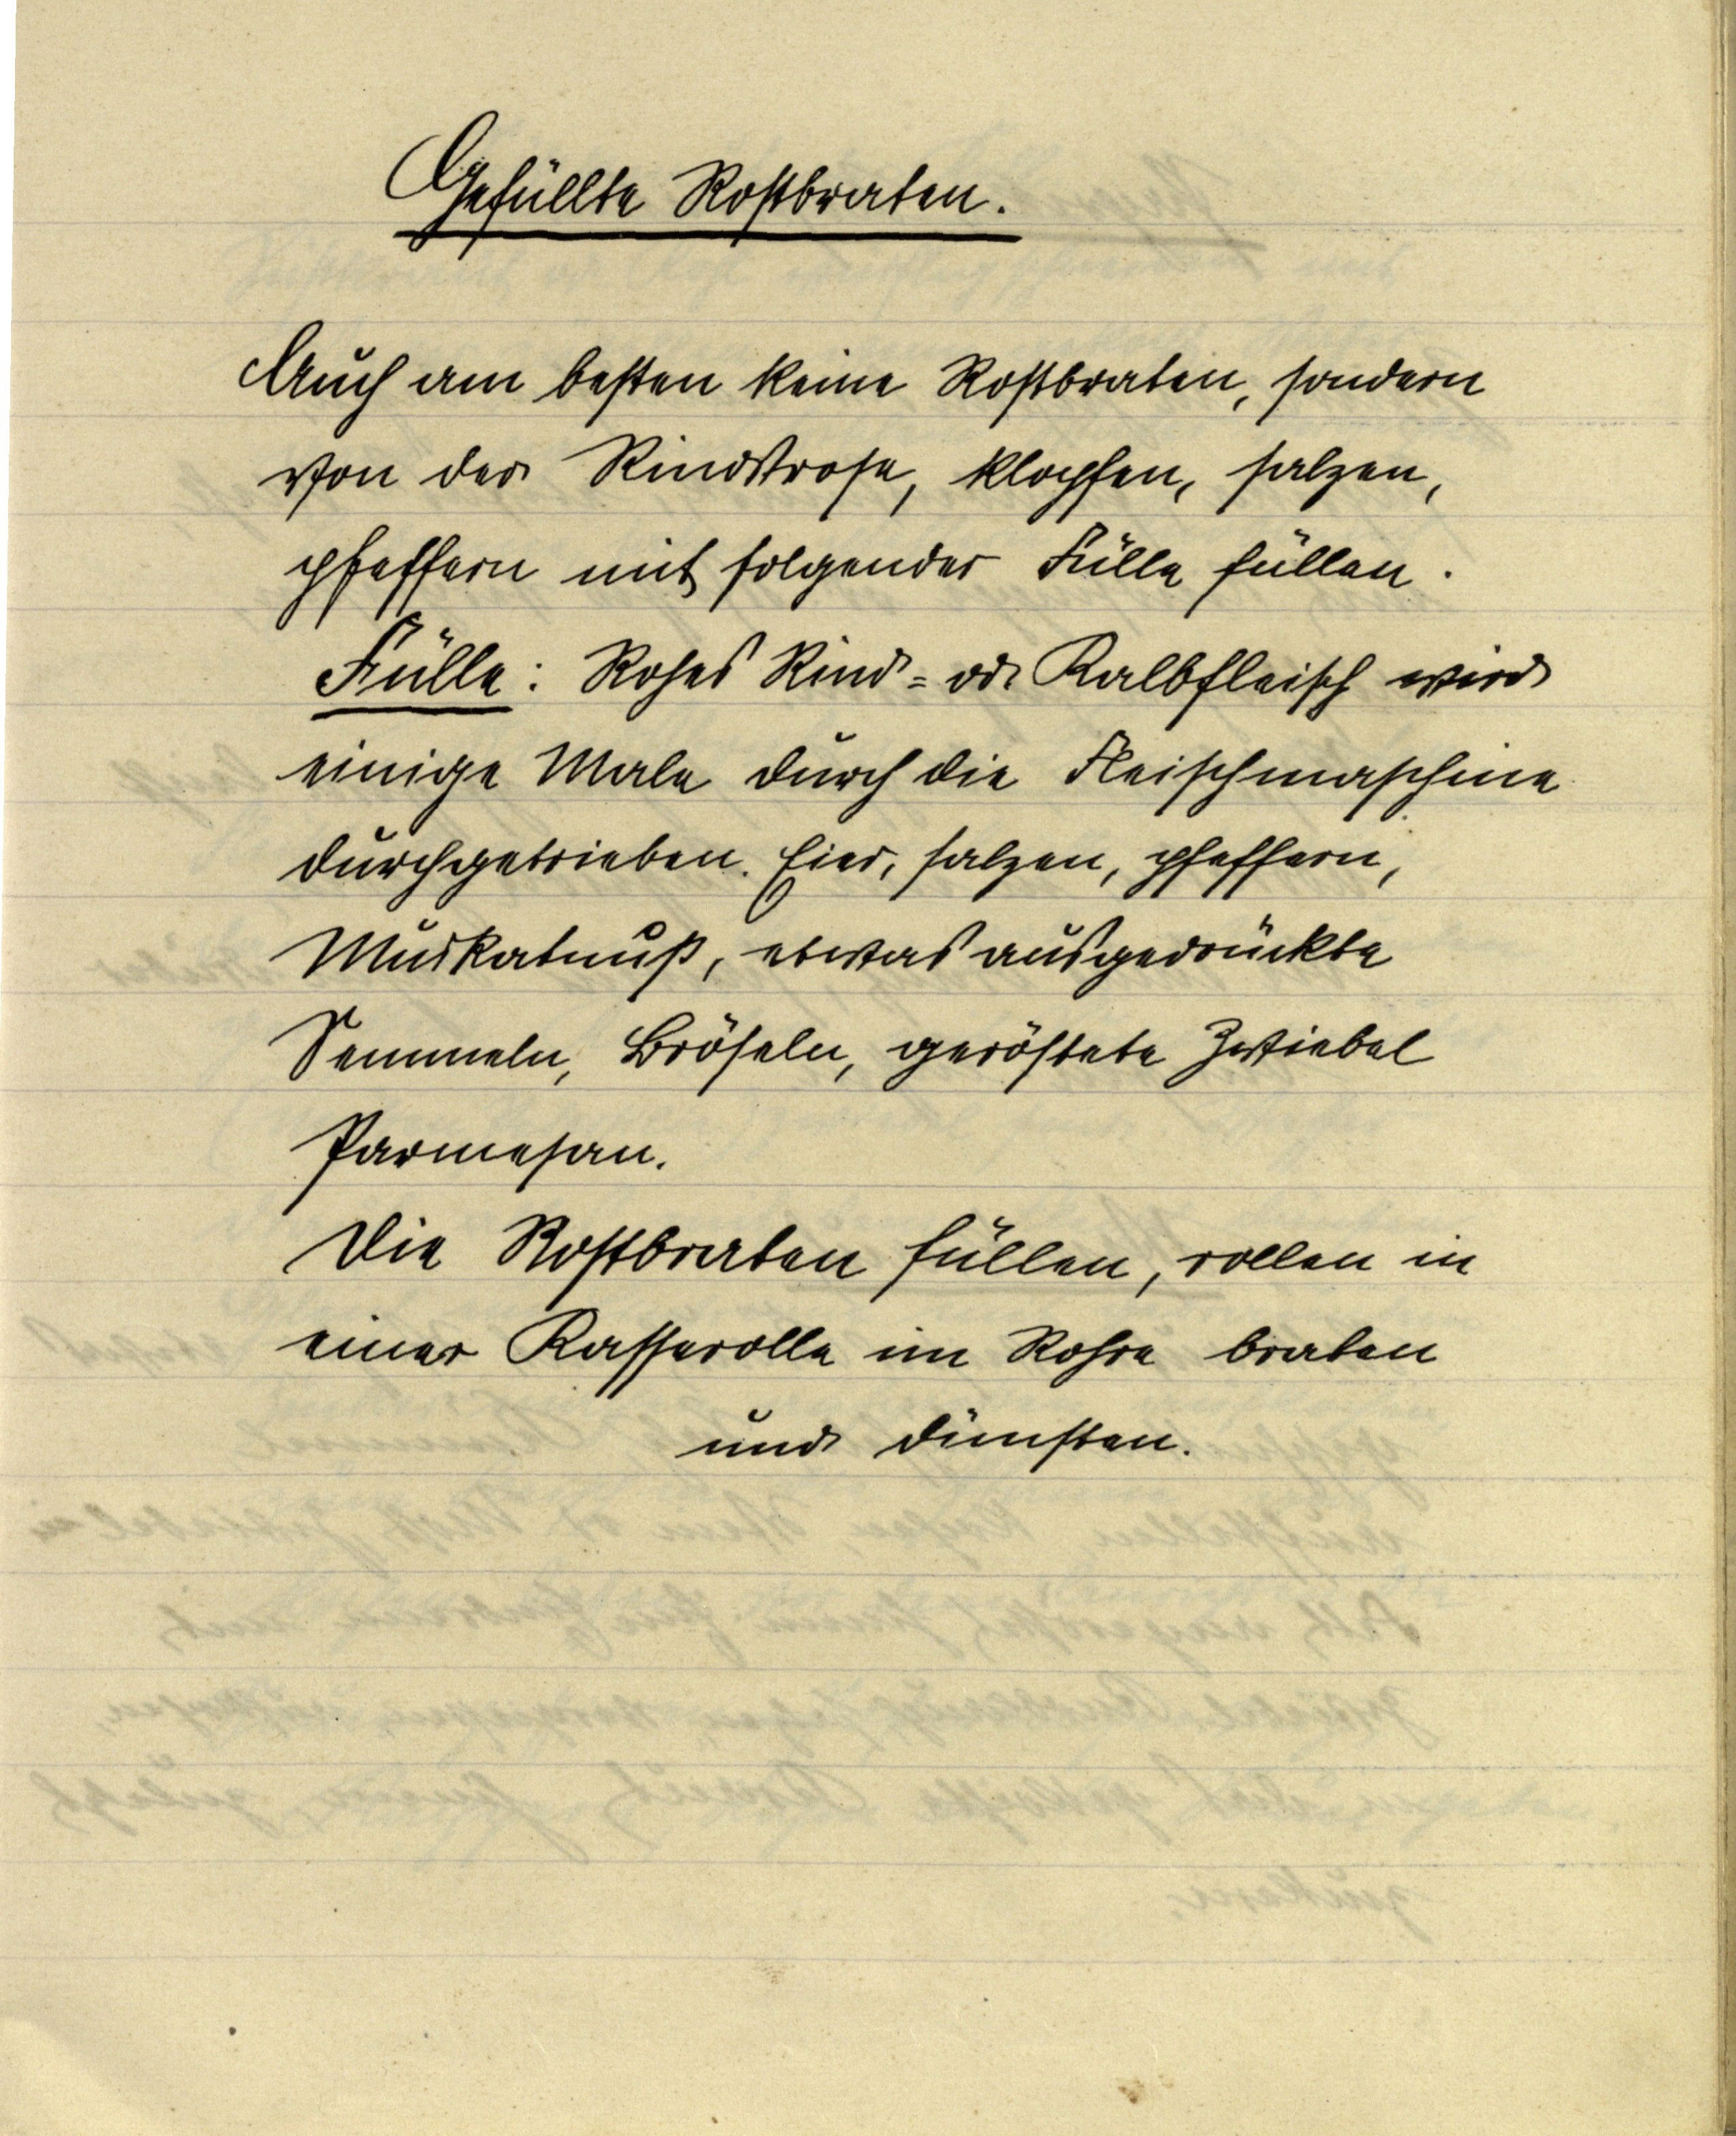
Gefüllte Rostbraten.

Auch am besten keine Rostbraten, sondern
von der Rindsrose, klopfen, salzen,
pfeffern mit folgender Fülle füllen.
Fülle: Rohes Rind- od. Kalbfleisch wird
einige Male durch die Fleischmaschine
durchgetrieben. Eier, salzen, pfeffern,
Muskatnuß, etwas ausgedrückte
Semmeln, Bröseln, geröstete Zwiebel
Parmesan.
Die Rostbraten füllen, rollen in
einer Kasserolle im Rohre braten
und dünsten.